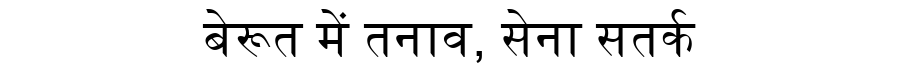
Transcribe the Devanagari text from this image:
बेरूत में तनाव, सेना सतर्क